NAE_ERA_R-2078_Sihtasutus_Eesti_Kontsert, lk 177
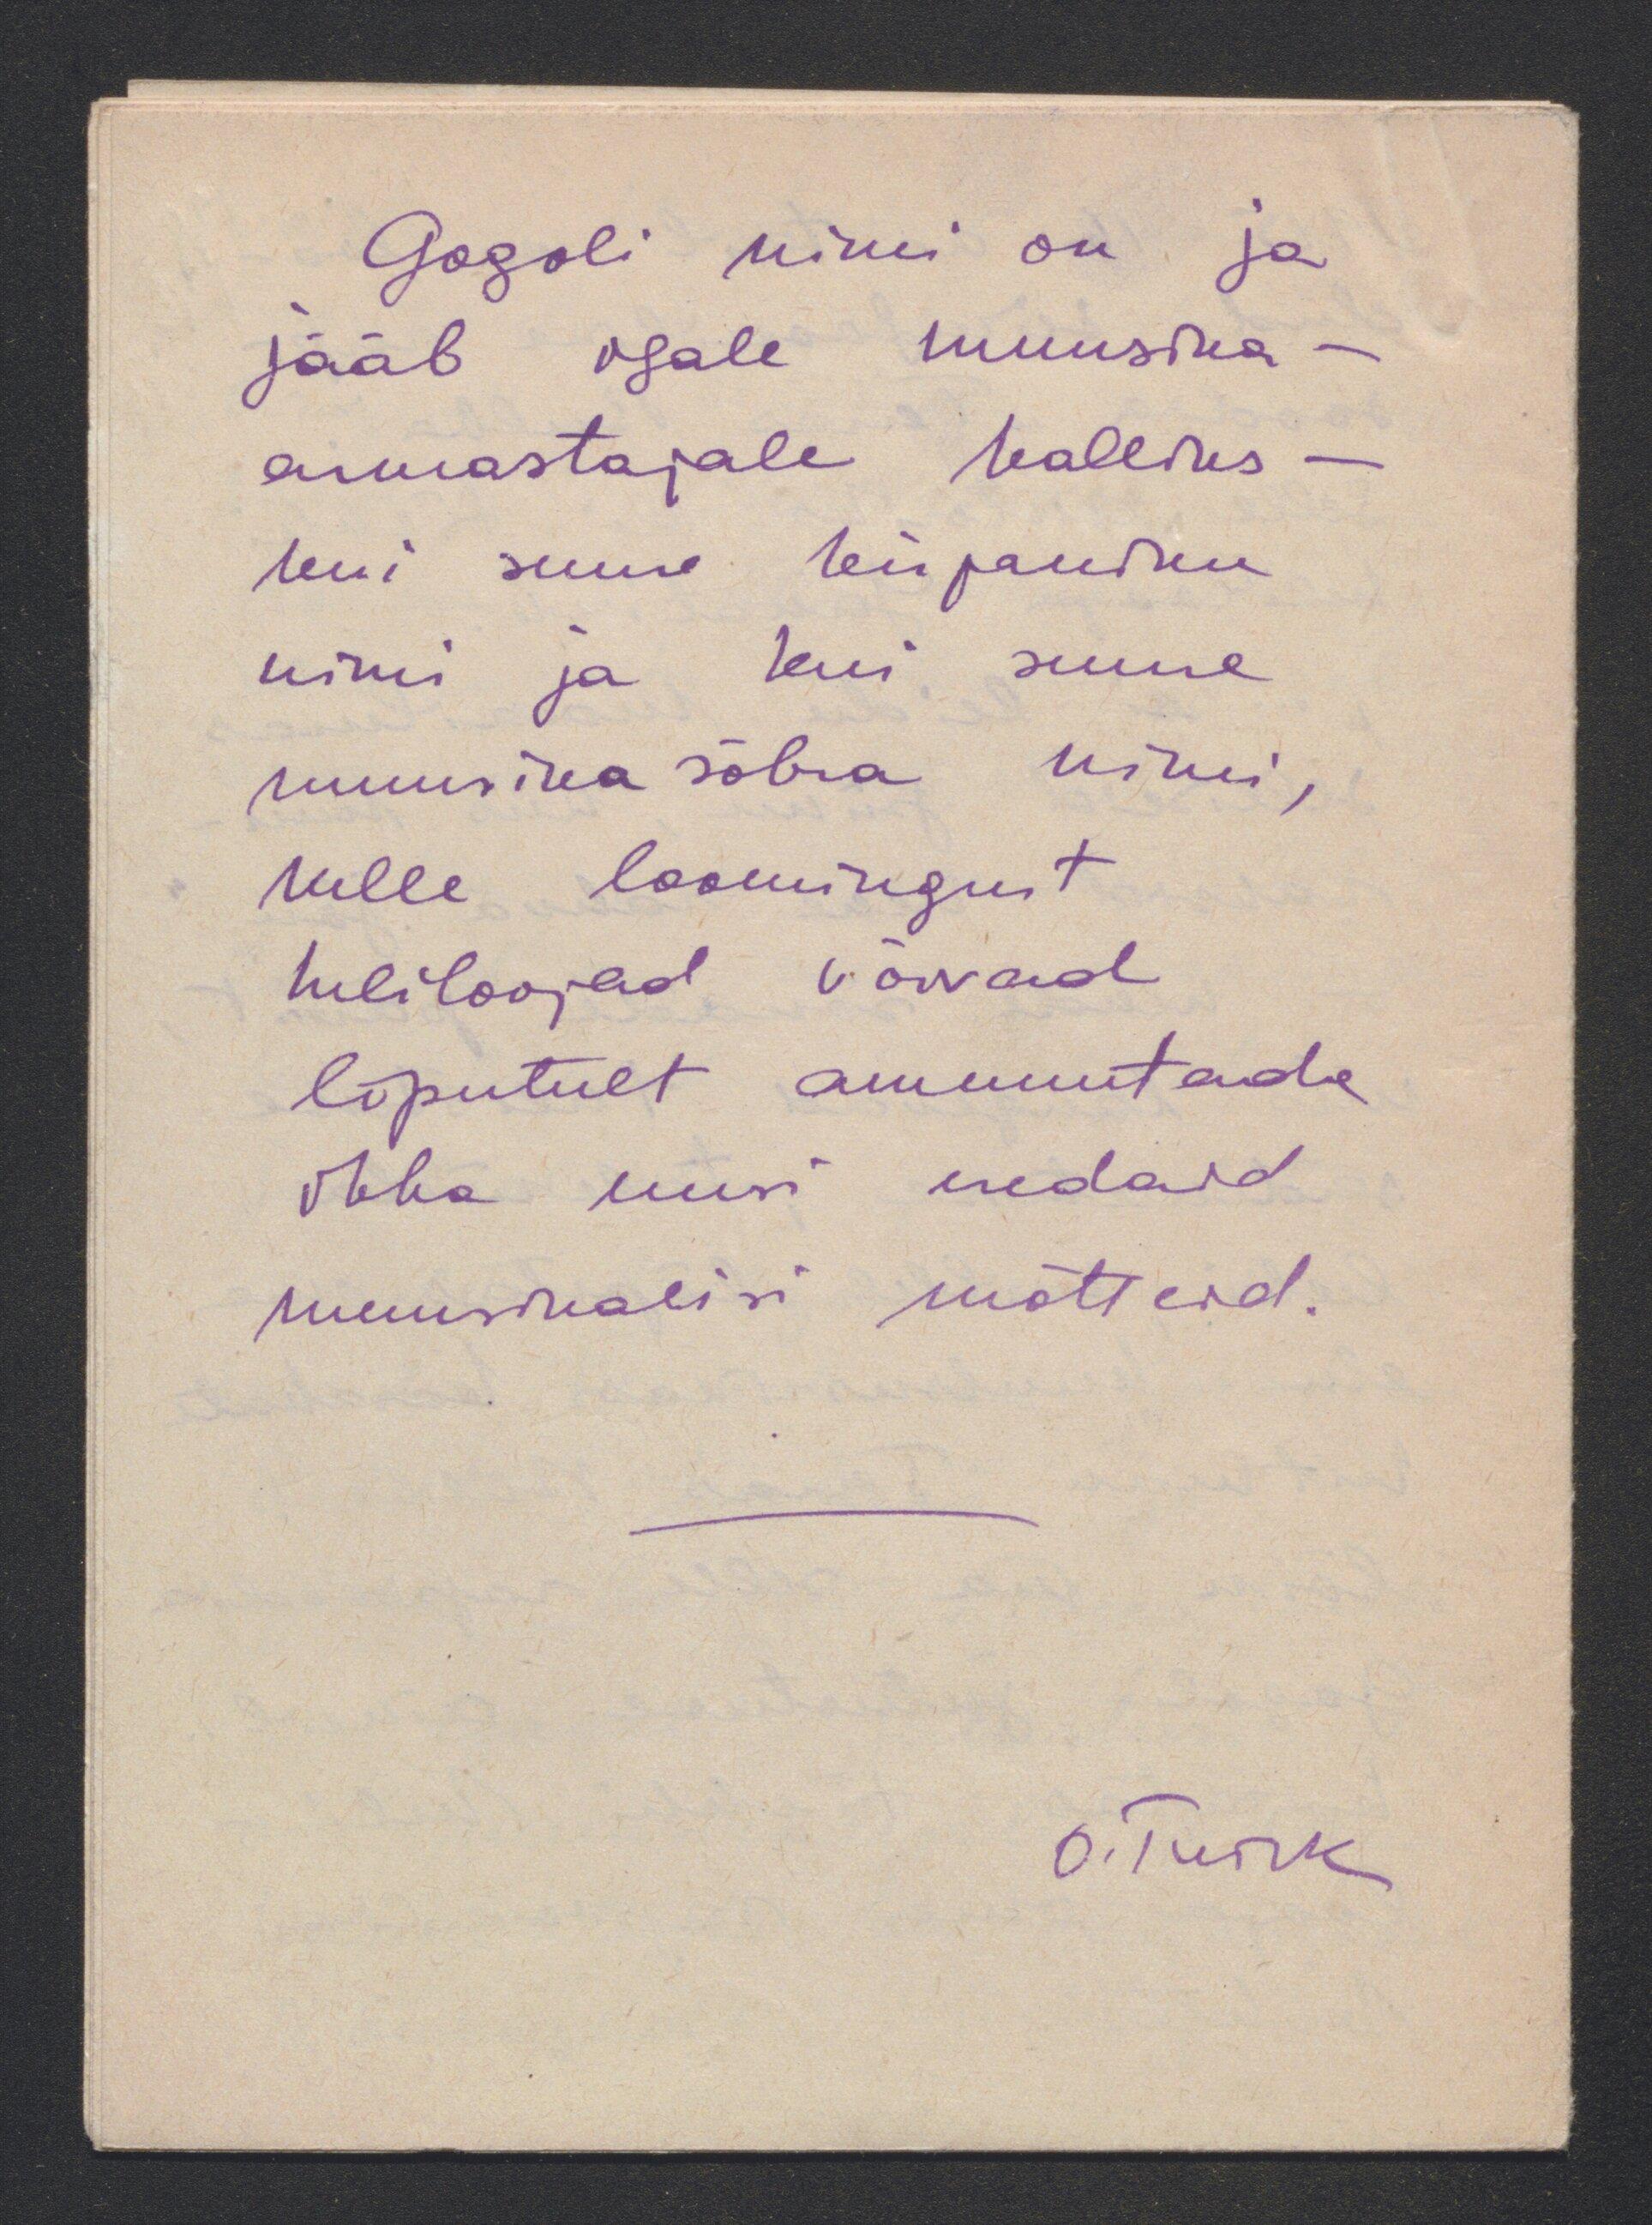
Gogoli nimi on ja
jääb osale muusika -
armastajale kalliks -
kui suure kirjaniku
nimi ja kui suure
muusika sõbra nimi,
kelle loomingust
heliloojad võivad
lõputult ammutada
ikka suuri eredaid
muusikalisi mõtteid.
O. Turik